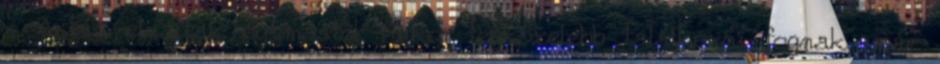
- Aztán elváltak egymástól. Mikor legközelebb találkozni fognak, már